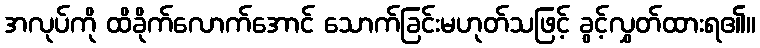
အလုပ်ကို ထိခိုက်လောက်အောင် သောက်ခြင်းမဟုတ်သဖြင့် ခွင့်လွှတ်ထားရ၏။